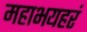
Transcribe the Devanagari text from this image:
महाभयहरं